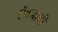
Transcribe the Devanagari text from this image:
ऎवजाची